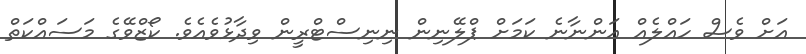
އަށް ވެސް ހައްލެއް އަންނާނެ ކަމަށް ޕްލޭނިން ނިނިސްޓްރީން ވިދާޅުވެއެވެ. ކޯޒްވޭގެ މަސައްކަތް